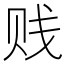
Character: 贱